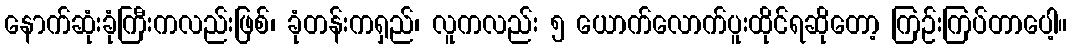
နောက်ဆုံးခုံကြီးကလည်းဖြစ်၊ ခုံတန်းကရှည်၊ လူကလည်း ၅ ယောက်လောက်ပူးထိုင်ရဆိုတော့ ကြဉ်းကြပ်တာပေါ့။